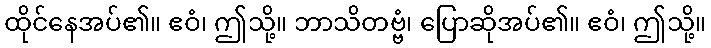
ထိုင်နေအပ်၏။ ဧဝံ၊ ဤသို့။ ဘာသိတဗ္ဗံ၊ ပြောဆိုအပ်၏။ ဧဝံ၊ ဤသို့။